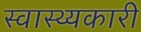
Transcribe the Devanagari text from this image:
स्वास्थ्यकारी